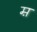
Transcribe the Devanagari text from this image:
म़